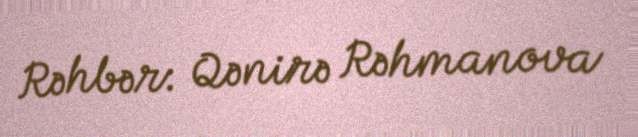
Rəhbər: Qənirə Rəhmanova